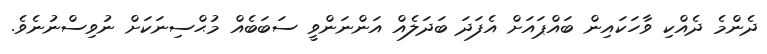
ދެންމެ ދެއްކި ވާހަކައިން ބައްޕައަށް އެފަދަ ބަދަލެއް އަންނަންވީ ސަބަބެއް މުޙްސިނަކަށް ނުވިސްނުނެވެ.